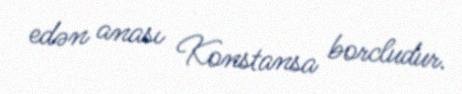
edən anası Konstansa borcludur.